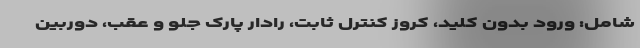
شامل: ورود بدون کلید، کروز کنترل ثابت، رادار پارک جلو و عقب، دوربین